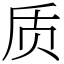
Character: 质